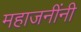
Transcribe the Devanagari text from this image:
महाजनींनी